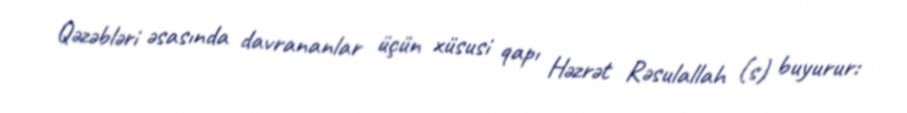
Qəzəbləri əsasında davrananlar üçün xüsusi qapı Həzrət Rəsulallah (s) buyurur: